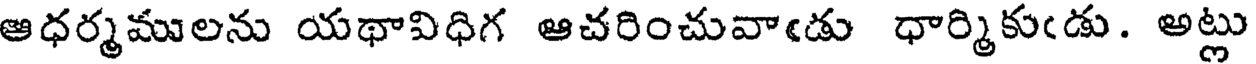
ఆధర్మములను యథావిధిగ ఆచరించువాఁడు ధార్మికుఁడు. అట్లు